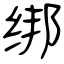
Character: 绑